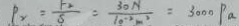
P _ { 2 } = \frac { F _ { 2 } } { S } = \frac { 3 0 N } { 1 0 ^ { - 2 } m ^ { 2 } } = 3 0 0 0 P a